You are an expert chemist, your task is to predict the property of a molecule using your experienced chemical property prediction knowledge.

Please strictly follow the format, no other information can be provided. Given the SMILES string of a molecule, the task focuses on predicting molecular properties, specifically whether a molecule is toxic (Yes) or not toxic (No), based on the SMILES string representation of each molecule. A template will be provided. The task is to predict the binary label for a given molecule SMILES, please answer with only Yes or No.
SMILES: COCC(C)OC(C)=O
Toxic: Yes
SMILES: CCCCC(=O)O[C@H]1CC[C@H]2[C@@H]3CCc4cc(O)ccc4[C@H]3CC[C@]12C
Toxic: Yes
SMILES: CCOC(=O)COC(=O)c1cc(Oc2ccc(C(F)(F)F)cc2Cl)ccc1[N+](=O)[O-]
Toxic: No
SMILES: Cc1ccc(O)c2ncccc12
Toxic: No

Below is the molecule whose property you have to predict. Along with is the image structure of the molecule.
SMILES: OC[P+](CO)(CO)CO
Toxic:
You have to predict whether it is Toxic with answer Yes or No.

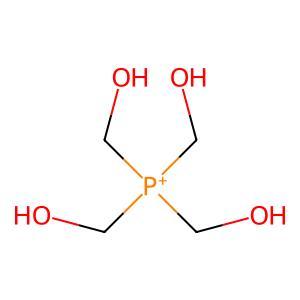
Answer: No